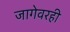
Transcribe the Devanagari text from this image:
जागेवरही